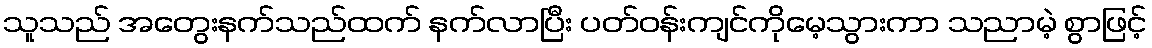
သူသည် အတွေးနက်သည်ထက် နက်လာပြီး ပတ်ဝန်းကျင်ကိုမေ့သွားကာ သညာမဲ့ စွာဖြင့်